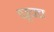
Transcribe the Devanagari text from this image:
पडूचच